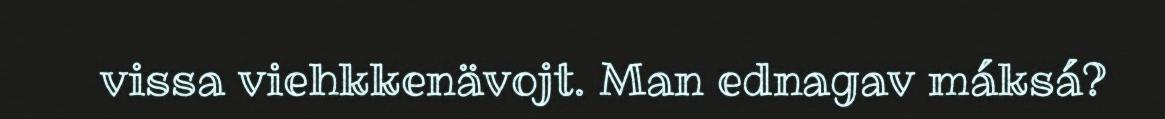
vissa viehkkenävojt. Man ednagav máksá?